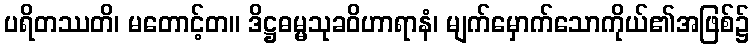
ပရိတဿတိ၊ မတောင့်တ။ ဒိဋ္ဌဓမ္မသုခဝိဟာရာနံ၊ မျက်မှောက်သောကိုယ်၏အဖြစ်၌